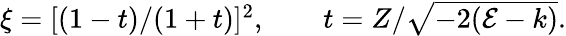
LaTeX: \begin{array}{r}{\xi=[(1-t)/(1+t)]^{2},\qquad t=Z/\sqrt{-2(\mathcal{E}-k)}.}\end{array}